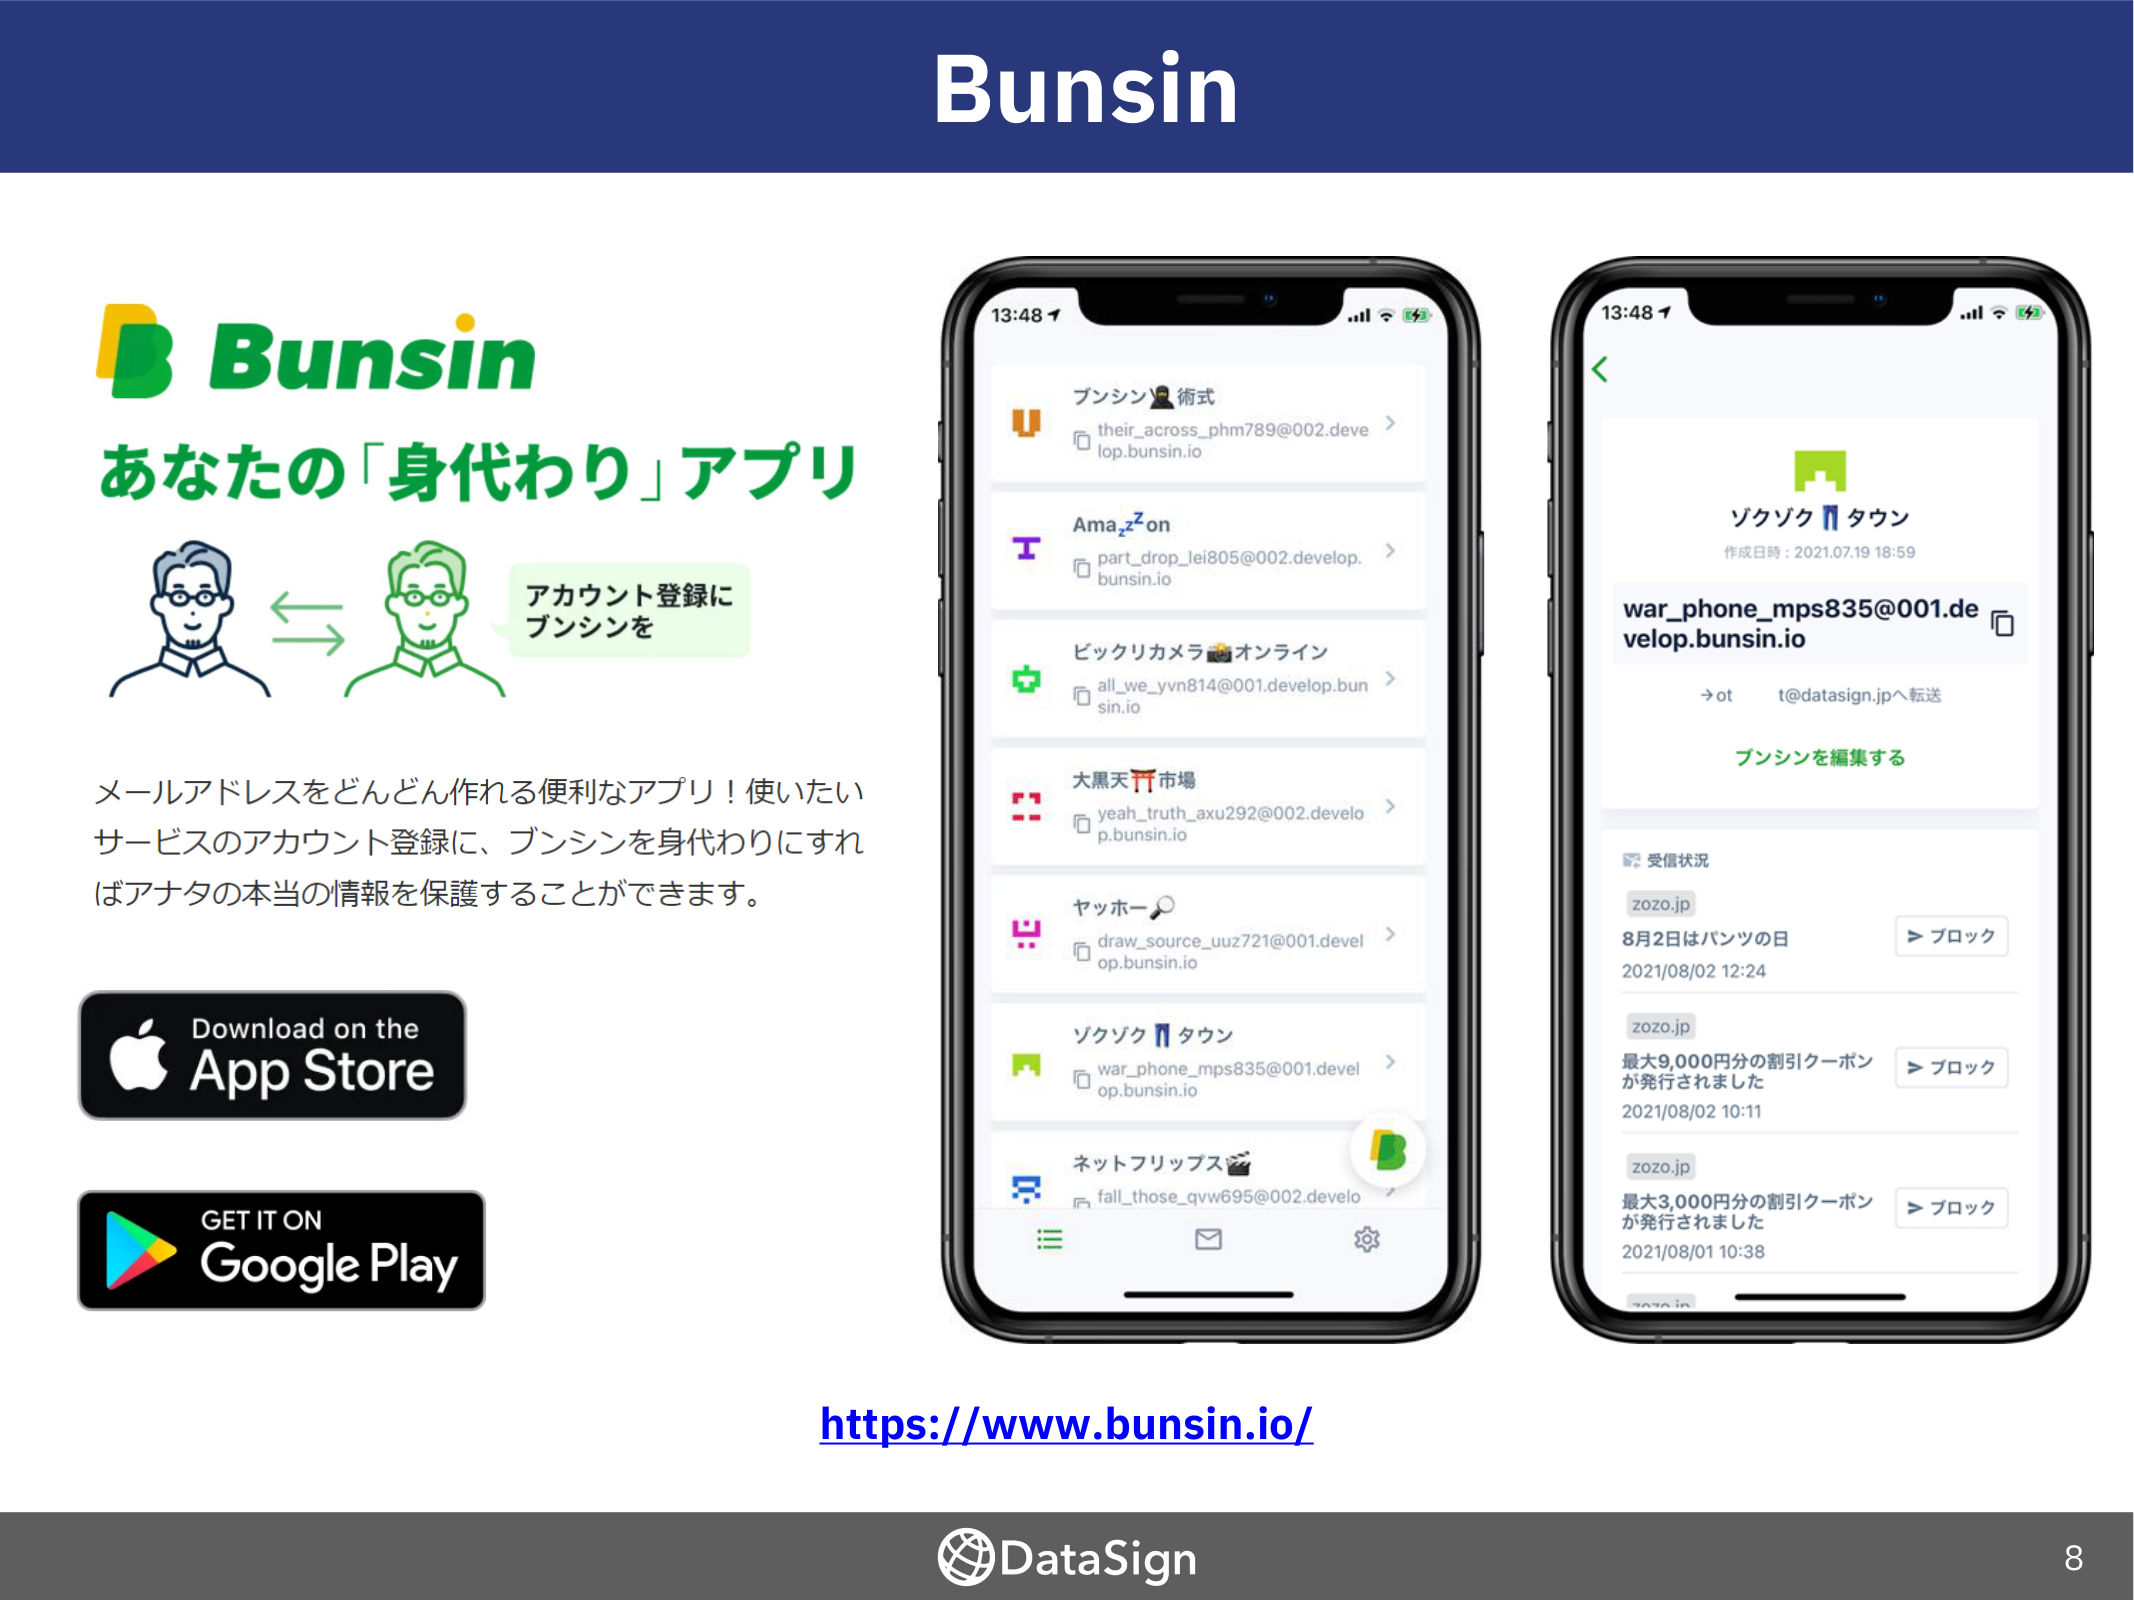
Bunsin
B Bunsin
あなたの「身代わり」アプリ
アカウント登録に
ブンシンを
メールアドレスをどんどん作れる便利なアプリ！使いたい
サービスのアカウント登録に、ブンシンを身代わりにすれ
ばアナタの本当の情報を保護することができます。
Download on the
App Store
GET IT ON
Google Play
13:48
ブンシン術式
their_across_phm789@002.deve
lop.bunsin.io
Amazon
part_drop_lei805@002.develop.
bunsin.io
ビックリカメラオンライン
all_we_yvn814@001.develop.bun
sin.io
大黒天市場
yeah_truth_axu292@002.develo
p.bunsin.io
ヤッホー
draw_source_uuz721@001.devel
op.bunsin.io
ゾクゾクタウン
war_phone_mps835@001.devel
op.bunsin.io
ネットフリップス
fall_those_qyw695@002.develo
13:48
ゾクゾクタウン
作成日時：2021.07.19 18:59
war_phone_mps835@001.de
velop.bunsin.io
→ ot
t@datasign.jpへ転送
ブンシンを編集する
受信状況
zozo.jp
8月2日はパンツの日
2021/08/02 12:24
＞ブロック
zozo.jp
最大9,000円分の割引クーポン
が発行されました
2021/08/02 10:11
＞ブロック
zozo.jp
最大3,000円分の割引クーポン
が発行されました
2021/08/01 10:38
＞ブロック
https://www.bunsin.io/
DataSign
8